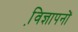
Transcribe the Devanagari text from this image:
वि़ज्ञापनों